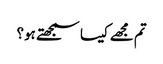
تم مجھے کیسا سمجھتے ہو؟